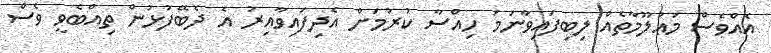
އެއްވެސް މަޢުލޫމާތެއް ލިބިފައިވާނަމަ ހިއްސާ ކުރުމަށް އެދިފައިވާއިރު އެ ދެބޭފުޅުން ތިއްބެވީ ވެސް